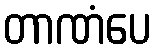
တာဏံပေ